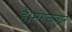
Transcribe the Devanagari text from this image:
है।मंगलवार